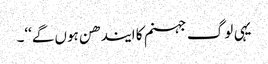
یہی لو گ جہنم کا ایندھن ہوں گے‘‘۔